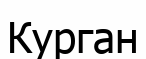
Курган